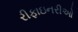
રીફાઇનરીઓ